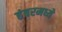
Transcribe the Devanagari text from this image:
हंबरमध्ये